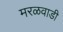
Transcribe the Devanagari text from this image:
मरळवाडी